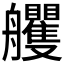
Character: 𦫇